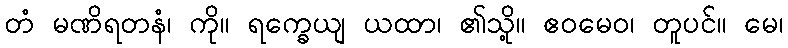
တံ မဏိရတနံ၊ ကို။ ရက္ခေယျ ယထာ၊ ၏သို့။ ဧဝမေဝ၊ တူပင်။ မေ၊